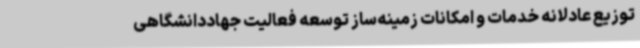
توزیع عادلانه خدمات و امکانات زمینه‌ساز توسعه فعالیت جهاددانشگاهی